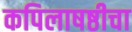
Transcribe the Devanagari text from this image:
कपिलाषष्ठीचा